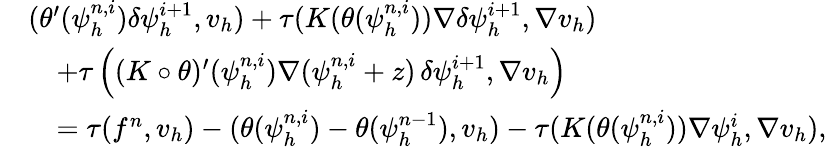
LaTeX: \begin{array}{rl}&{(\theta^{\prime}(\psi_{h}^{n,i})\delta\psi_{h}^{i+1},v_{h})+\tau(K(\theta(\psi_{h}^{n,i}))\nabla\delta\psi_{h}^{i+1},\nabla v_{h})}\\ &{\quad+\tau\left((K\circ\theta)^{\prime}(\psi_{h}^{n,i})\nabla(\psi_{h}^{n,i}+z)\, \delta\psi_{h}^{i+1},\nabla v_{h}\right)}\\ &{\quad=\tau(f^{n},v_{h})-(\theta(\psi_{h}^{n,i})-\theta(\psi_{h}^{n-1}),v_{h})-\tau(K(\theta(\psi_{h}^{n,i}))\nabla\psi_{h}^{i},\nabla v_{h}),}\end{array}